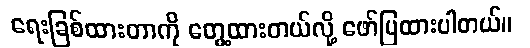
ရေးခြစ်ထားတာကို တွေ့ထားတယ်လို့ ဖော်ပြထားပါတယ်။